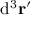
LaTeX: \mathrm { d ^ { 3 } } \mathbf { r ^ { \prime } }